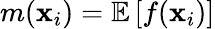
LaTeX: m(\textbf{x}_{i})=\mathbb{E}\left[f(\textbf{x}_{i})\right]